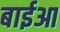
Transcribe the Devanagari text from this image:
बाईआ